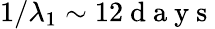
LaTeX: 1/\lambda_{1}\sim 12\mathrm{~d~a~y~s~}